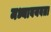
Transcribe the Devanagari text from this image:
मध्यावयवता